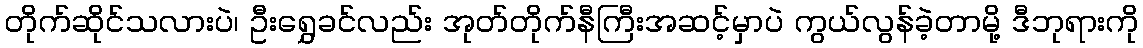
တိုက်ဆိုင်သလားပဲ၊ ဦးရွှေခင်လည်း အုတ်တိုက်နီကြီးအဆင့်မှာပဲ ကွယ်လွန်ခဲ့တာမို့ ဒီဘုရားကို